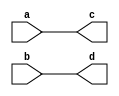
`timescale 1ns / 1ps

module assignment_1(
	input [31:0] a, b,
	output [31:0] c, d
	);
	
	assign c = a;
	assign d = b;
endmodule